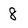
Character: 8